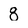
Character: 8